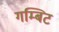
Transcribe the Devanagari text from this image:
गम्बिट